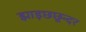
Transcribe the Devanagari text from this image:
झाड़छछून्दर